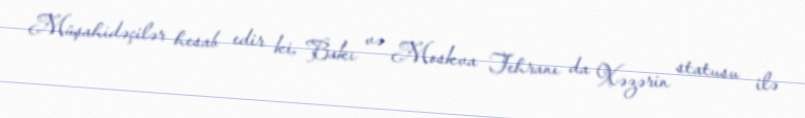
Müşahidəçilər hesab edir ki, Bakı və Moskva Tehranı da Xəzərin statusu ilə